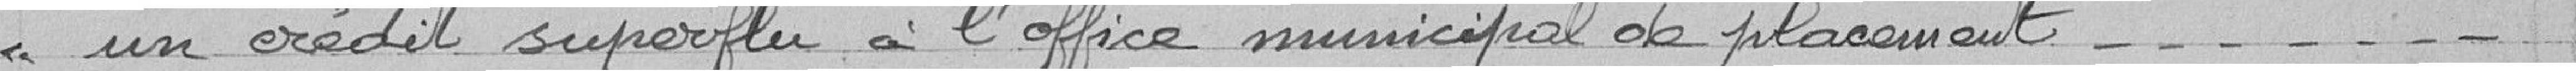
un crédit superflu à l'office municipal de placement